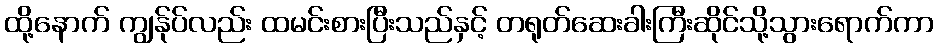
ထို့နောက် ကျွန်ုပ်လည်း ထမင်းစားပြီးသည်နှင့် တရုတ်ဆေးခါးကြီးဆိုင်သို့သွားရောက်ကာ